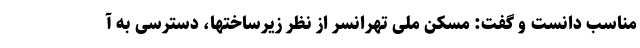
مناسب دانست و گفت: مسکن ملی تهرانسر از نظر زیرساختها، دسترسی به آ